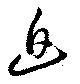
迫